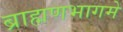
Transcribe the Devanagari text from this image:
ब्राह्मणभागमे